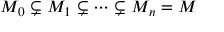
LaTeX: M _ { 0 } \subsetneq M _ { 1 } \subsetneq \cdots \subsetneq M _ { n } = M